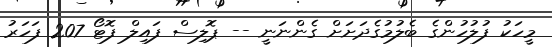
މީހަކު ފުލުހުންގެ ބެލުމުގެދަށަށް ގެންނަނީ -- ޕޮލިސް ފައިލް ފޮޓޯ 207 ފަހަރު